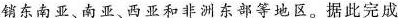
销东南亚、南亚、西亚和非洲东部等地区。据此完成